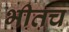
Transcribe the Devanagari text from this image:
भीतच